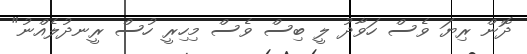
ދޮން ރިޔަ ވެސް ހަވާދު ލީ ބިސް ވެސް މިހިރީ ހުސް ރީނދުލެއްނު"